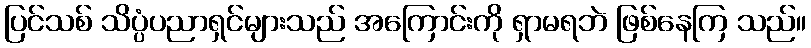
ပြင်သစ် သိပ္ပံပညာရှင်များသည် အကြောင်းကို ရှာမရဘဲ ဖြစ်နေကြ သည်။